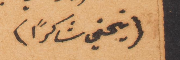
(ينحني شاكرًا)